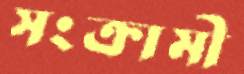
সংক্রামী